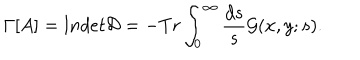
\Gamma [ A ] = l n d e t { \cal D } = - T r \int _ { 0 } ^ { \infty } \frac { d s } { s } { \cal G } ( x , y ; s ) .